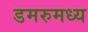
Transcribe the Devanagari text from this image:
डमरुमध्य